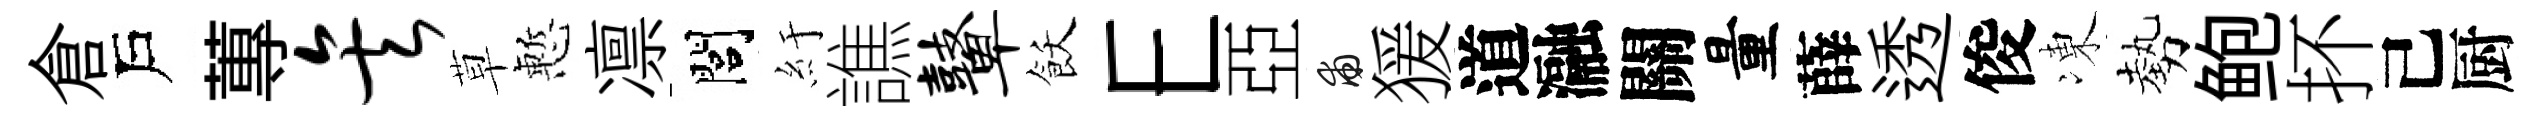
倉戶蓴矣草慙凛閭紆譙鼙飫E亞甫猨道瀜關量薛透俊凍勢鲍抔己厨